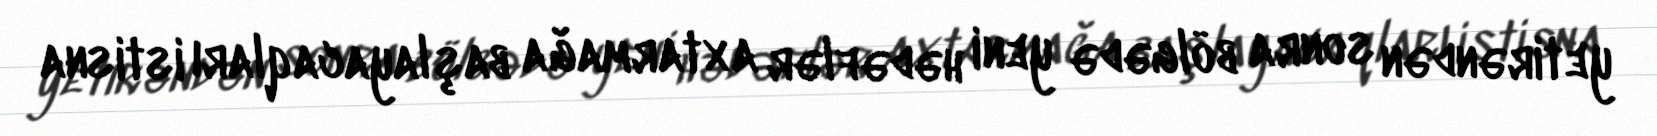
yetirəndən sonra bölgədə yeni hədəflər axtarmağa başlayacaqları istisna